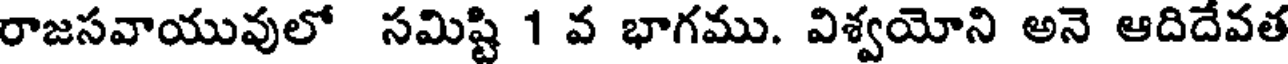
రాజసవాయువులో సమిష్టి 1 వ భాగము. విశ్వయోని అనె ఆదిదేవత